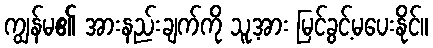
ကျွန်မ၏ အားနည်းချက်ကို သူ့အား မြင်ခွင့်မပေးနိုင်။